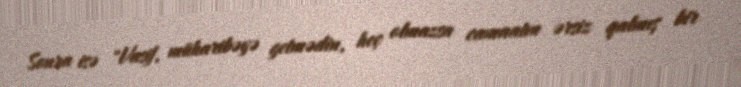
Sonra isə "Vasif, müharibəyə getmədin, heç olmazsa camaatın ərsiz qalmış bir